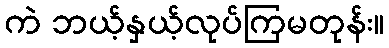
ကဲ ဘယ့်နှယ့်လုပ်ကြမတုန်း။